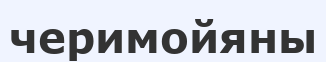
черимойяны